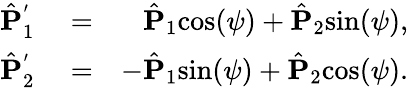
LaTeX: \begin{array}{rlr}{\hat{\mathbf P}_{1}^{'}}&{{}=}&{\hat{{\mathbf P}}_{1}\mathrm{cos}(\psi)+\hat{{\mathbf P}}_{2}\mathrm{sin}(\psi),}\\ {\hat{\mathbf P}_{2}^{'}}&{{}=}&{-\hat{{\mathbf P}}_{1}\mathrm{sin}(\psi)+\hat{{\mathbf P}}_{2}\mathrm{cos}(\psi).}\end{array}